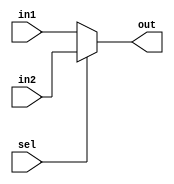
`timescale 1ns / 1ps
//////////////////////////////////////////////////////////////////////////////////
// Company: Shanghai Jiao Tong University
// 
// Design Name: 
// Module Name: Mux32
// Project Name: 
// Target Devices: 
// Tool Versions: 
// Description: 
// 
// Dependencies: 
// 
// Revision:
// Revision 0.01 - File Created
// Additional Comments:
// 
//////////////////////////////////////////////////////////////////////////////////


module Mux32(
    input sel,
    input [31:0] in1,
    input [31:0] in2,
    output [31:0] out
    );
    // if sel=1->in2, if sel=0->in1
    assign out=sel?in2:in1;

endmodule